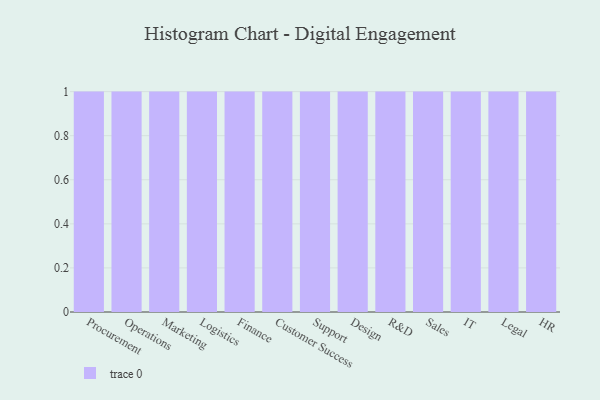
{"axis": {"x": "Department", "y": "Inventory Turnover"}, "legend": [""], "data": [{"x": "Procurement", "y": 29, "type": ""}, {"x": "Operations", "y": 94, "type": ""}, {"x": "Marketing", "y": 62, "type": ""}, {"x": "Logistics", "y": 30, "type": ""}, {"x": "Finance", "y": 11, "type": ""}, {"x": "Customer Success", "y": 4, "type": ""}, {"x": "Support", "y": 28, "type": ""}, {"x": "Design", "y": 72, "type": ""}, {"x": "R&D", "y": 26, "type": ""}, {"x": "Sales", "y": 61, "type": ""}, {"x": "IT", "y": 84, "type": ""}, {"x": "Legal", "y": 27, "type": ""}, {"x": "HR", "y": 55, "type": ""}]}